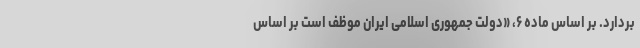
بردارد. بر اساس ماده ۶، «دولت جمهوری اسلامی ایران موظف است بر اساس